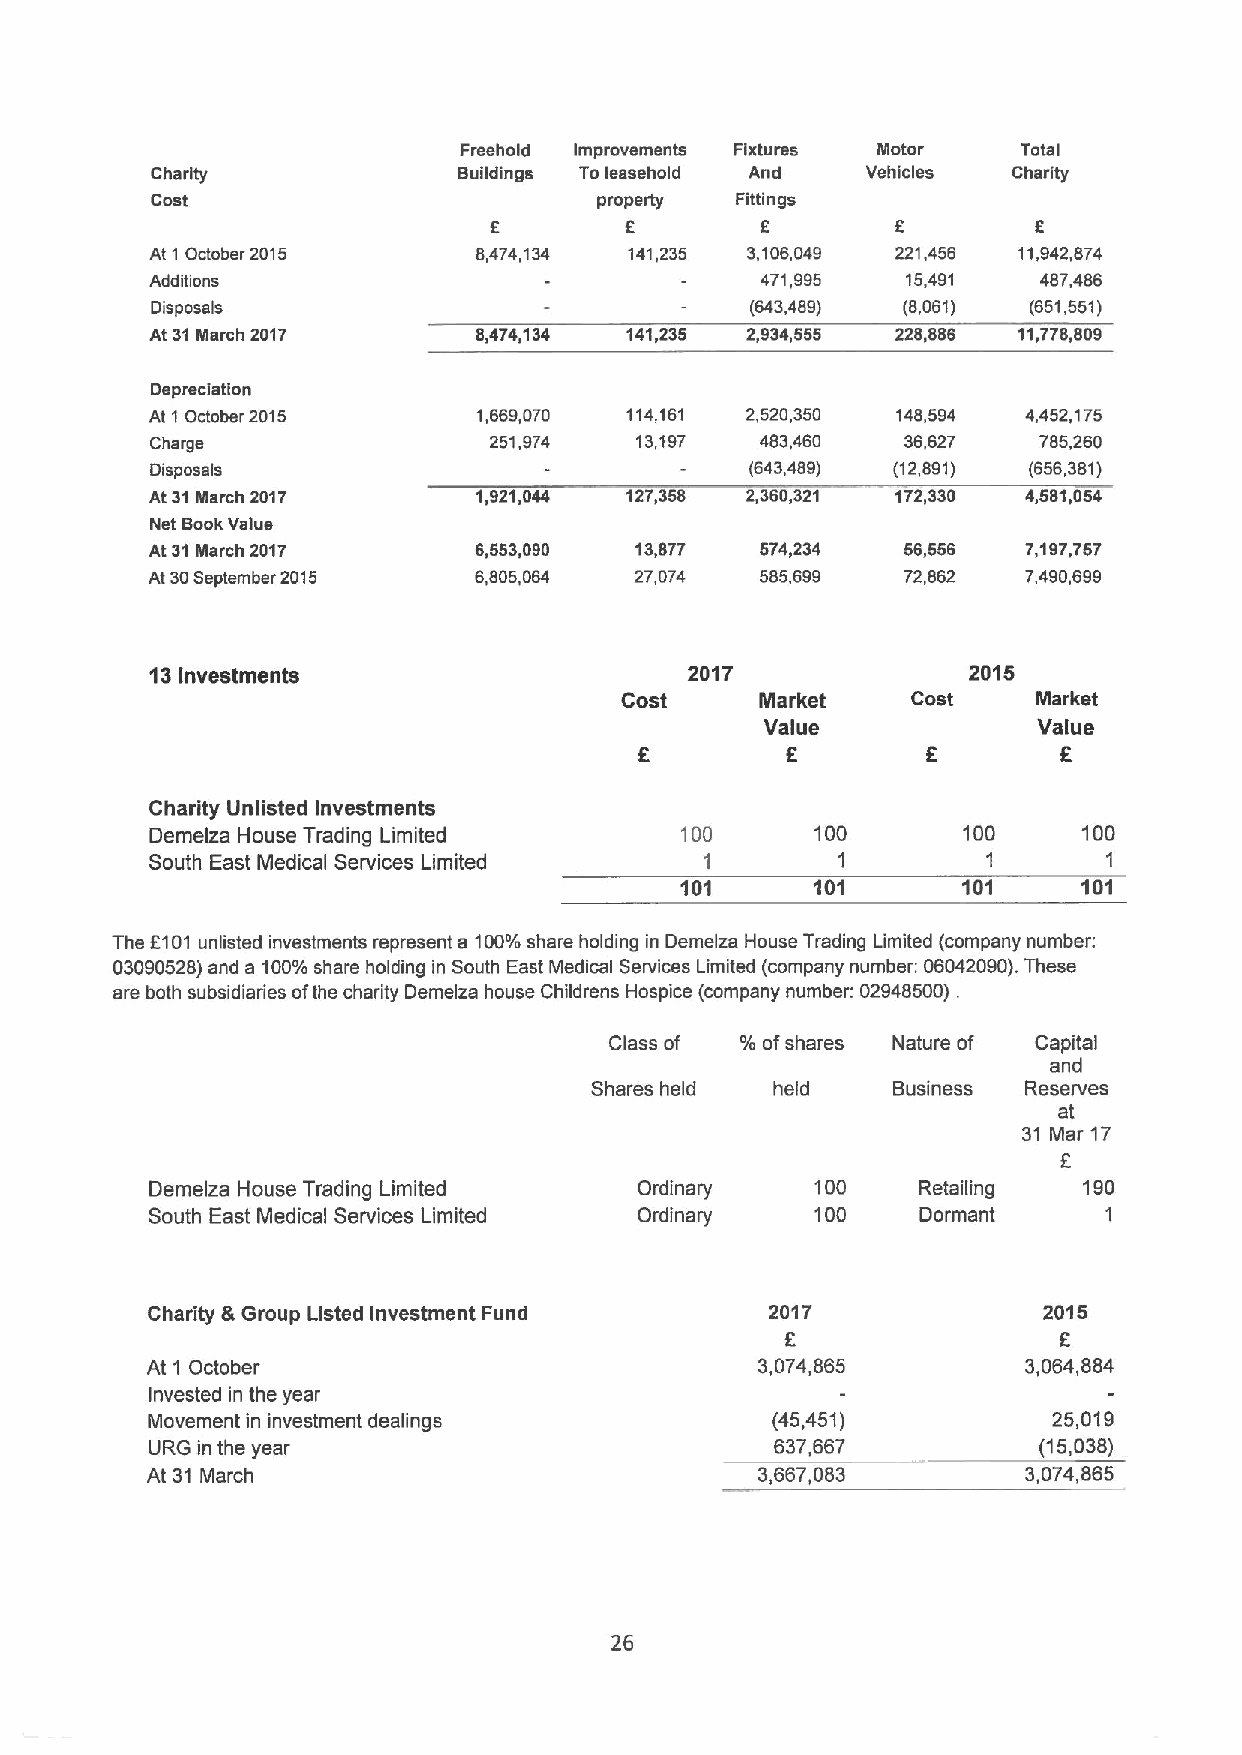
Freehold Improvements Fixtures Motor  Total
 Charity             Buildings To leasehold And Vehicles  Charity
 Cost                          property Fittings
 f        f
 8
 At 1 October 2015     8,474,134 141,235 3,106,049 221,456 11,942,874
 Additions                               471,995   15,491   487,486
 Disposals                               (643,489) (8,061) (651,551)
 At31March 2017       8,474,134 141,235 2,934,555 228,886 11,778,809
 Depreciation
 At 1October 2015      1,669,070 114,161 2,520,350 148,594 4,452,175
 Charge                251,974   13,197  483,460   36,627   785,260
 Dispose)4                               (643,489) (12,891) (656,381)
 At 31March 2017       1,921,044 127,358 2,360,321 172,330 4,581,054
 Net BookValue
 At 31March 2017      6,553,090  13,877  574,234   56,556  7,197,757
 At 30September 2015  6,805,064  27,074  585,699   72,862  7,490,699
 13Investments                       2017              2015
 Cost     Market    Cost     Market
 Value             Value
 f        f        f
 Charity Unlisted Investments
 Demelza House Trading Limited      100      100       100     100
 South East Medical Services Limited  1       1         1       1
 101      101       101     101
 The f101unlisted investments represent a 100%share holding in Demelza House Trading Limited (company number:
 03090528)and a 100%share holding in South East Medical Services Limited (company number: 06042090).These
 are both subsidiaries ofthe charity Demelza house Childrens Hospice (company number: 02948500) .
 Class of %ofshares Nature of Capital
 and
 Shares held held    Business Reserves
 at
 31 Mar 17
 f
 Demelza House Trading Limited   Ordinary    100    Retailing  190
 South East Medical Services Limited Ordinary 100   Dormant     1
 Charity &Group Listed Investment Fund    2017              2015
 f
 At 1 October                            3,074,865         3,064,884
 Invested in the year
 Movement in investment dealings          (45,451)           25,019
 URG in the year                          637,667           (15,038)
 At 31 March                             3,667,083         3,074,865
 26